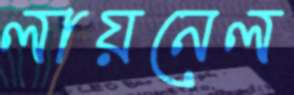
লায়নেল